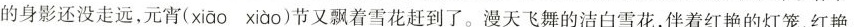
还没走远，元\underset{·}{宵}( xiao xiao )节又飘着雪花赶到了。漫天飞舞的洁白雪花，伴着红艳